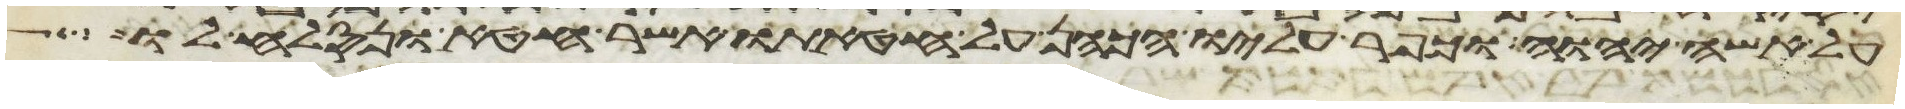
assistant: על אשי יהוה וכפר עליו הכהן על חטאתו אשר חטא ונסלח לו